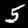
Label: 5